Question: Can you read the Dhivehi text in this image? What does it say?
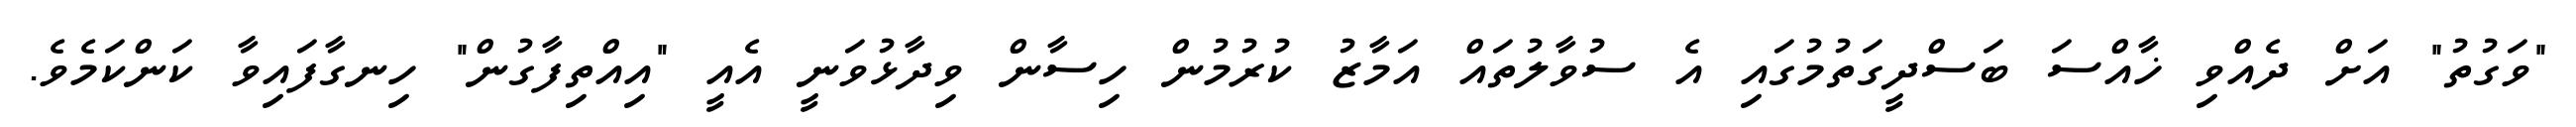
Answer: "ވަގުތު" އަށް ދެއްވި ޚާއްސަ ބަސްދީގަތުމުގައި އެ ސުވާލުތައް އަމާޒު ކުރުމުން ހިސާން ވިދާޅުވަނީ އެއީ "އިއްތިފާގުން" ހިނގާފައިވާ ކަންކަމެވެ.